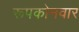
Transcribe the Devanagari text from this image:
रूपकोनवार